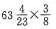
$$6 3 \frac{4}{23} \times \frac{3}{8}$$